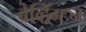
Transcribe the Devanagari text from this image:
बेव्हिंग्टन